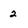
Character: 2